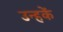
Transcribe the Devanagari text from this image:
उन्हकें